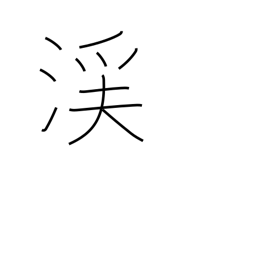
Meaning: valley